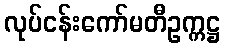
လုပ်ငန်းကော်မတီဥက္ကဋ္ဌ